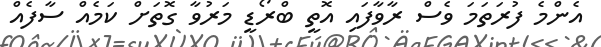
އެންމެ ފުރަތަމަ ވެސް ރާވާފައި އޮތީ ބްރޯޑީ މަރުވާ ގޮތަށް ކަމެއް ސާފެއް